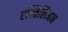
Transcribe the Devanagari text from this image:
एल्तिलिअन